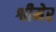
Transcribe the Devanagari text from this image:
श्वीमेर